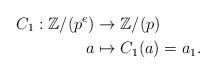
\begin{align*}C_{1}:\mathbb{Z}/(p^e) &\rightarrow\mathbb{Z}/(p)\\a &\mapsto C_{1}(a)=a_1.\end{align*}